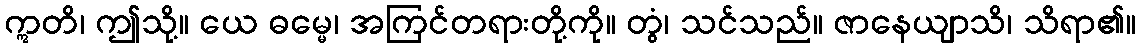
ဣတိ၊ ဤသို့။ ယေ ဓမ္မေ၊ အကြင်တရားတို့ကို။ တွံ၊ သင်သည်။ ဇာနေယျာသိ၊ သိရာ၏။